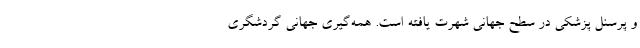
و پرسنل پزشکی در سطح جهانی شهرت یافته است. همه‌گیری جهانی گردشگری